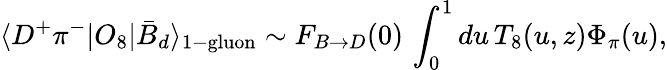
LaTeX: \langle D^{+}\pi^{-}|O_{8}|\bar{B}_{d}\rangle_{\mathrm{1-gluon}}\sim F_{B\to D}(0)\, \int_{0}^{1}du\, T_{8}(u,z)\Phi_{\pi}(u),